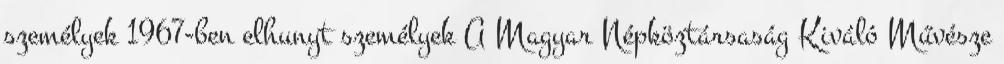
személyek 1967-ben elhunyt személyek A Magyar Népköztársaság Kiváló Művésze